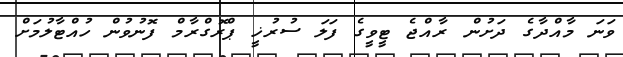
ވަނަ މާއްދާގެ ދަށުން ރާއްޖެ ޓީވީގެ ފަލަ ސުރުޚީ ޕްރޮގްރާމް ފޮނުވުން ހުއްޓާލުމަށް